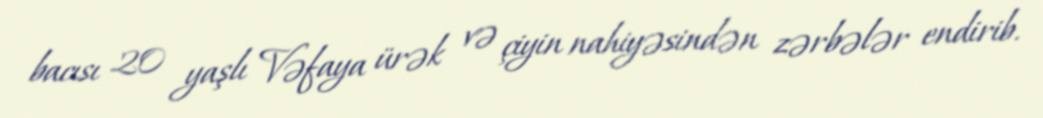
bacısı 20 yaşlı Vəfaya ürək və çiyin nahiyəsindən zərbələr endirib.